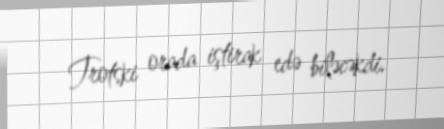
Trotski orada iştirak edə biləcəkdi.